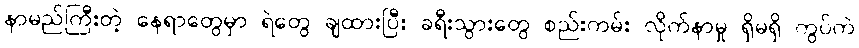
နာမည်ကြီးတဲ့ နေရာတွေမှာ ရဲတွေ ချထားပြီး ခရီးသွားတွေ စည်းကမ်း လိုက်နာမှု ရှိမရှိ ကွပ်ကဲ